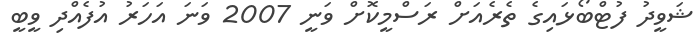
ޝަވީދު ފުޓްބޯޅައިގެ ތެރެއަށް ރަސްމީކޮށް ވަނީ 2007 ވަނަ އަހަރު އުފެއްދި ވީބީ